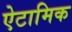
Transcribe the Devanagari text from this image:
ऐटामिक